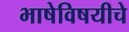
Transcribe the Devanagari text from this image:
भाषेविषयीचे